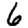
Digit: 6